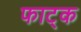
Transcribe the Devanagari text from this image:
फाट्क